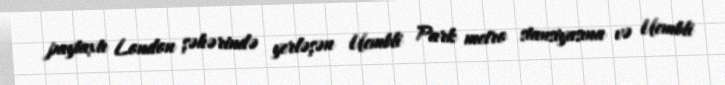
paytaxtı London şəhərində yerləşən Uembli Park metro stansiyasına və Uembli